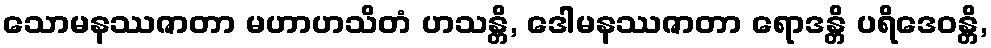
သောမနဿဇာတာ မဟာဟသိတံ ဟသန္တိ, ဒေါမနဿဇာတာ ရောဒန္တိ ပရိဒေဝန္တိ,